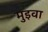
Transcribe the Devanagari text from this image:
मुइवा